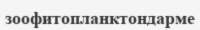
зоофитопланктондарме